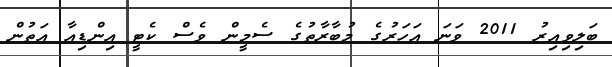
ބަލިވިއިރު 2011 ވަނަ އަހަރުގެ މުބާރާތުގެ ސެމީން ވެސް ކެޓީ އިންޑިއާ އަތުން